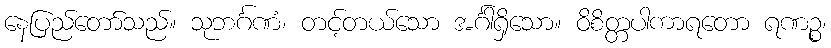
နေပြည်တော်သည်။ သုဘင်္ဂဏံ၊ တင့်တယ်သော အင်္ဂါရှိသော။ ဝိစိတ္တပါကာရတော ရဏဉ္စ၊